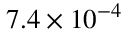
7 . 4 \times 1 0 ^ { - 4 }